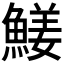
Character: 𩹖